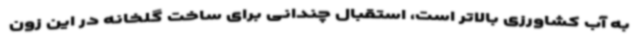
به آب کشاورزی بالاتر است، استقبال چندانی برای ساخت گلخانه در این زون